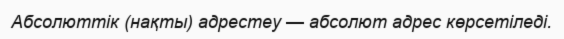
Абсолюттік (нақты) адрестеу — абсолют адрес көрсетіледі.